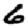
Digit: 6